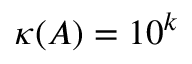
\kappa ( A ) = 1 0 ^ { k }